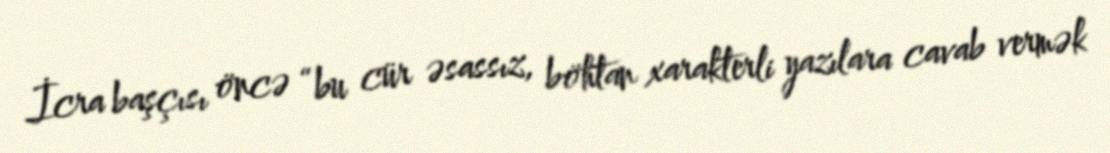
İcra başçısı öncə “bu cür əsassız, böhtan xarakterli yazılara cavab vermək